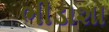
ભીડાશો